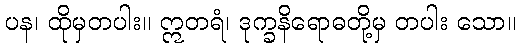
ပန၊ ထိုမှတပါး။ ဣတရံ၊ ဒုက္ခနိရောဓတို့မှ တပါး သော။